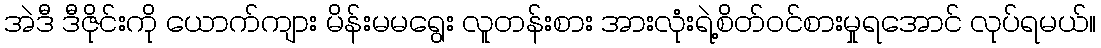
အဲဒီ ဒီဇိုင်းကို ယောက်ကျား မိန်းမမရွေး လူတန်းစား အားလုံးရဲ့စိတ်ဝင်စားမှုရအောင် လုပ်ရမယ်။